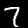
Digit: 7